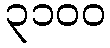
၃၁၀၀